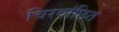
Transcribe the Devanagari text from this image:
चिरवांछित